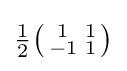
{\tfrac {1}{2}}{\bigl (}{\begin{smallmatrix}1&1\\-1&1\end{smallmatrix}}{\bigr )}